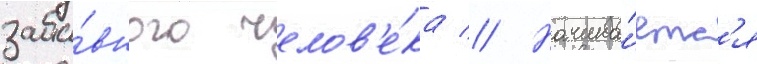
заба́вного челов'е́ка // Начина́етс'я